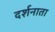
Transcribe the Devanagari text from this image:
दर्शनाता